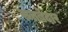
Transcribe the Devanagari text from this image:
रुतबेदार